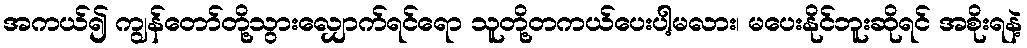
အကယ်၍ ကျွန်တော်တို့သွားလျှောက်ရင်ရော သူတို့တကယ်ပေးပါ့မလား၊ မပေးနိုင်ဘူးဆိုရင် အစိုးရနဲ့